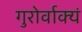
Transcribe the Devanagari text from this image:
गुरोर्वाक्यं